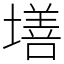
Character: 墡